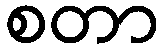
စတာ